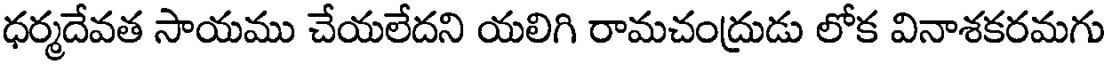
ధర్మదేవత సాయము చేయలేదని యలిగి రామచంద్రుడు లోక వినాశకరమగు